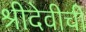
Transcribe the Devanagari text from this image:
श्रीदेवीची